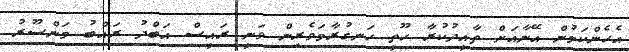
އެހެންކަމުން އޭނާއަށް ތާއީދުކުރާ ހޫތީ ހަނގުރާމަވެރިން ވަނީ ރައީސް އަބްދު ރައްބު މަންސޫރު